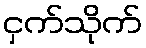
ငှက်သိုက်